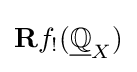
\mathbf {R} f_{!}({\underline {\mathbb {Q} }}_{X})